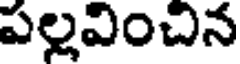
పల్లవించిన